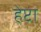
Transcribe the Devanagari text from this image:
हेप्टा